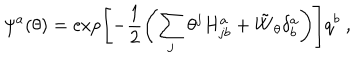
\psi ^ { a } ( \theta ) = \exp \left[ - \frac { 1 } { 2 } \left( \sum _ { j } \theta ^ { j } H _ { j b } ^ { a } + { \tilde { W } } _ { \theta } \delta _ { b } ^ { a } \right) \right] q ^ { b } \ ,